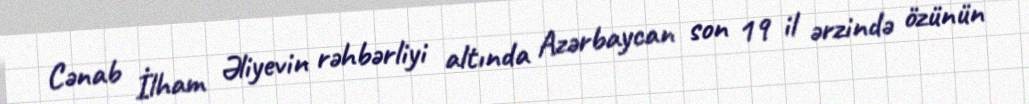
Cənab İlham Əliyevin rəhbərliyi altında Azərbaycan son 19 il ərzində özünün